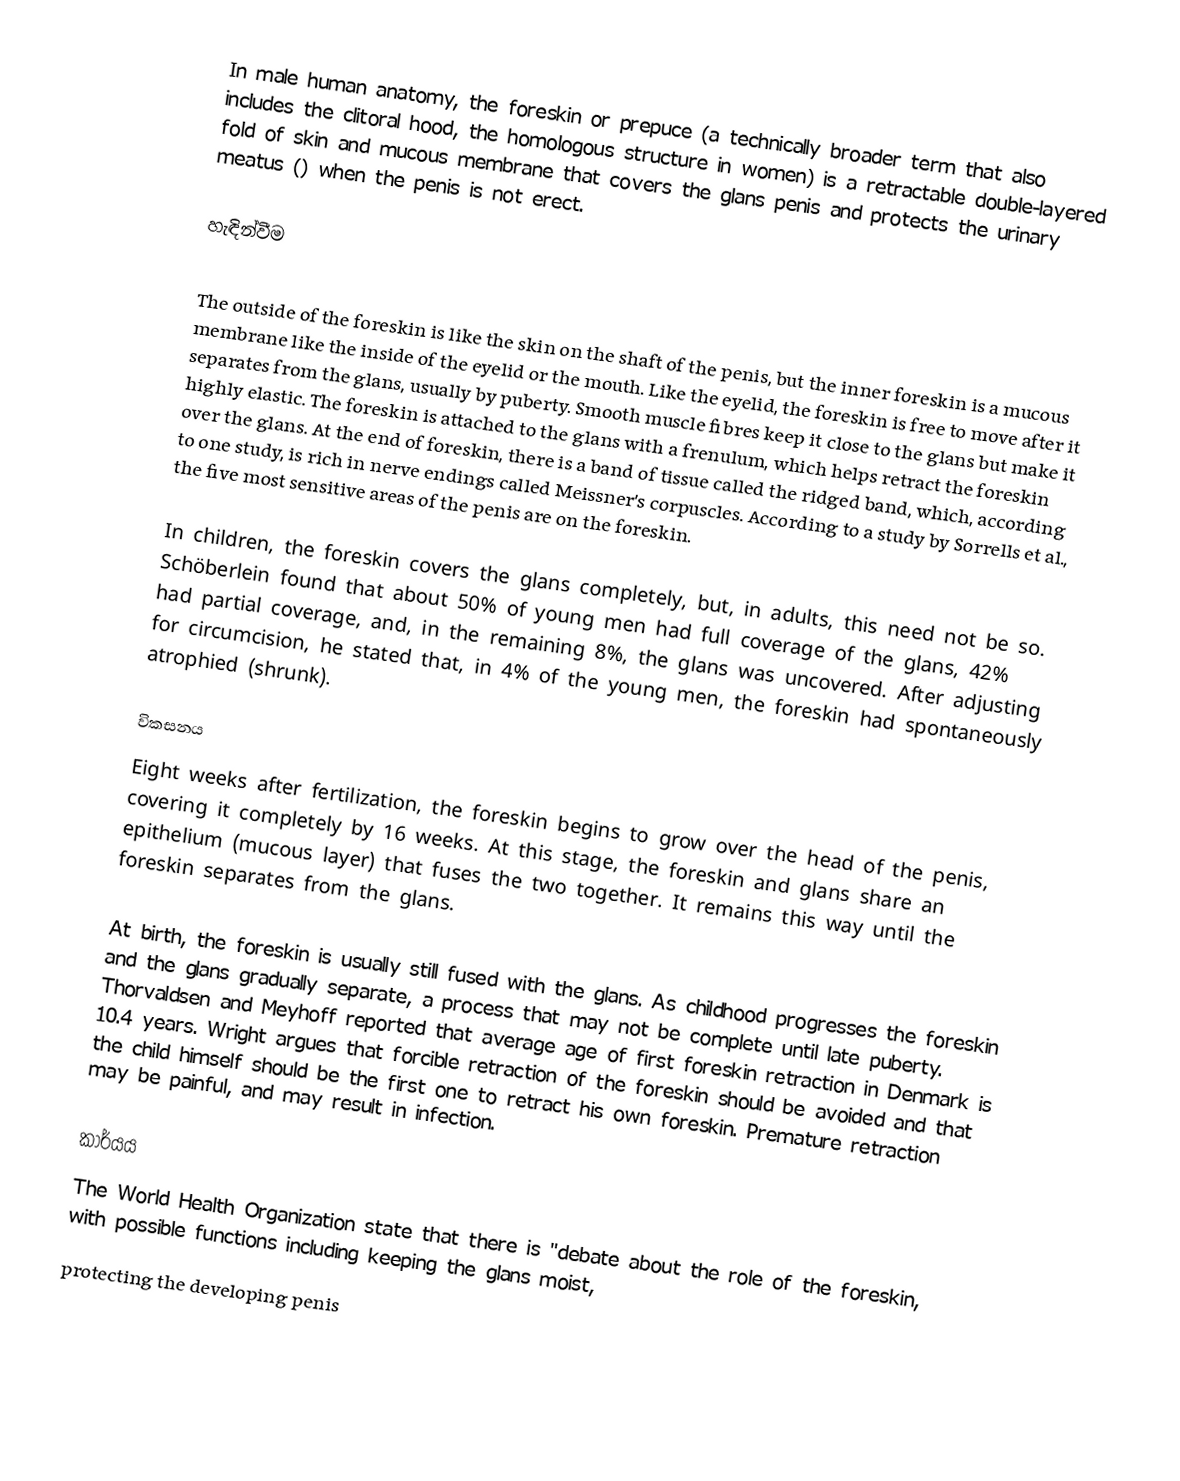
In male human anatomy, the foreskin or prepuce (a technically broader term that also includes the clitoral hood, the homologous structure in women) is a retractable double-layered fold of skin and mucous membrane that covers the glans penis and protects the urinary meatus () when the penis is not erect.

හැඳින්වීම

The outside of the foreskin is like the skin on the shaft of the penis, but the inner foreskin is a mucous membrane like the inside of the eyelid or the mouth. Like the eyelid, the foreskin is free to move after it separates from the glans, usually by puberty.  Smooth muscle fibres keep it close to the glans but make it highly elastic. The foreskin is attached to the glans with a frenulum, which helps retract the foreskin over the glans. At the end of foreskin, there is a band of tissue called the ridged band, which, according to one study, is rich in nerve endings called Meissner's corpuscles. According to a study by Sorrells et al., the five most sensitive areas of the penis are on the foreskin.

In children, the foreskin covers the glans completely, but, in adults, this need not be so. Schöberlein  found that about 50% of young men had full coverage of the glans, 42% had partial coverage, and, in the remaining 8%, the glans was uncovered. After adjusting for circumcision, he stated that, in 4% of the young men, the foreskin had spontaneously atrophied (shrunk).

විකසනය
Eight weeks after fertilization, the foreskin begins to grow over the head of the penis, covering it completely by 16 weeks. At this stage, the foreskin and glans share an epithelium (mucous layer) that fuses the two together. It remains this way until the foreskin separates from the glans.

At birth, the foreskin is usually still fused with the glans. As childhood progresses the foreskin and the glans gradually separate, a process that may not be complete until late puberty. Thorvaldsen and Meyhoff reported that average age of first foreskin retraction in Denmark is 10.4 years.  Wright argues that forcible retraction of the foreskin should be avoided and that the child himself should be the first one to retract his own foreskin. Premature retraction may be painful, and may result in infection.

කාර්යය
The World Health Organization state that there is "debate about the role of the foreskin, with possible functions including keeping the glans moist,
protecting the developing penis